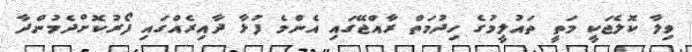
ވިލާ ކޮލެޖަކީ މަތީ ތައުލީމުގެ ހިދުމަތް ރާއްޖޭގައި އެންމެ ފުޅާ ދާއިރެއްގައި ފޯރުކޮށްދެމުންދާ